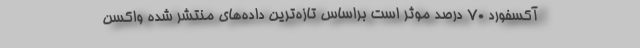
آکسفورد 70 درصد موثر است براساس تازه‌ترین داده‌های منتشر شده واکسن